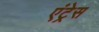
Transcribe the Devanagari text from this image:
एंट्रेस